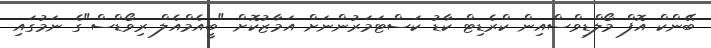
ބޭންކް އޮފް މޯލްޑިވްސްއިން ކްރެޑިޓް ކާޑު ކަސްޓަމަރުންނަށް އަމާޒުކޮށް "ބީއެމްއެލް ރިވޯޑްސް"ގެ ނަމުގައި